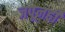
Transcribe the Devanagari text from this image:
जपूनही